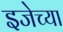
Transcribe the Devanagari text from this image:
इजेच्या